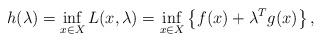
LaTeX: \begin{align*}h(\lambda)=\inf_{x \in X} L(x,\lambda) = \inf_{x \in X} \left\{ f(x) + \lambda^T g(x) \right\},\end{align*}